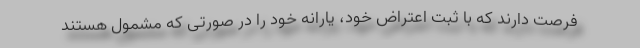
فرصت دارند که با ثبت اعتراض خود، یارانه خود را در صورتی که مشمول هستند